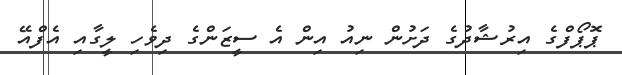
ޕޮޕޯފްގެ އިރުޝާދުގެ ދަށުން ނިއު އިން އެ ސީޒަންގެ ދިވެހި ލީގާއި އެފްއޭ